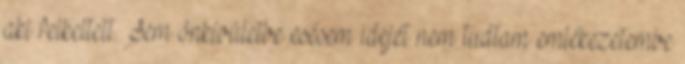
aki felkeltett. Sem önkívületbe esésem idejét nem tudtam emlékezetembe